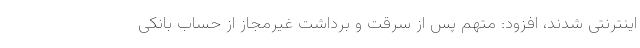
اینترنتی شدند، افزود: متهم پس از سرقت و برداشت غیرمجاز از حساب بانکی